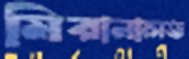
মিরানালভ